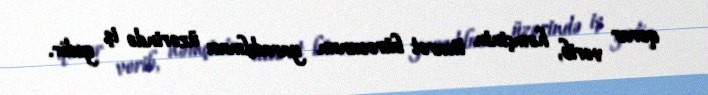
qərar verib, həmçinin ticarət bürosunun yaradılması üzərində iş gedir.